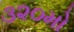
૩૨૦મો